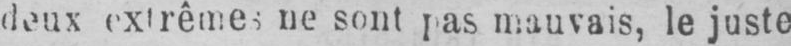
deux extrêmes ne sont pas mauvais, le juste